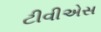
ટીવીએસ